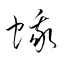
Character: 蛾